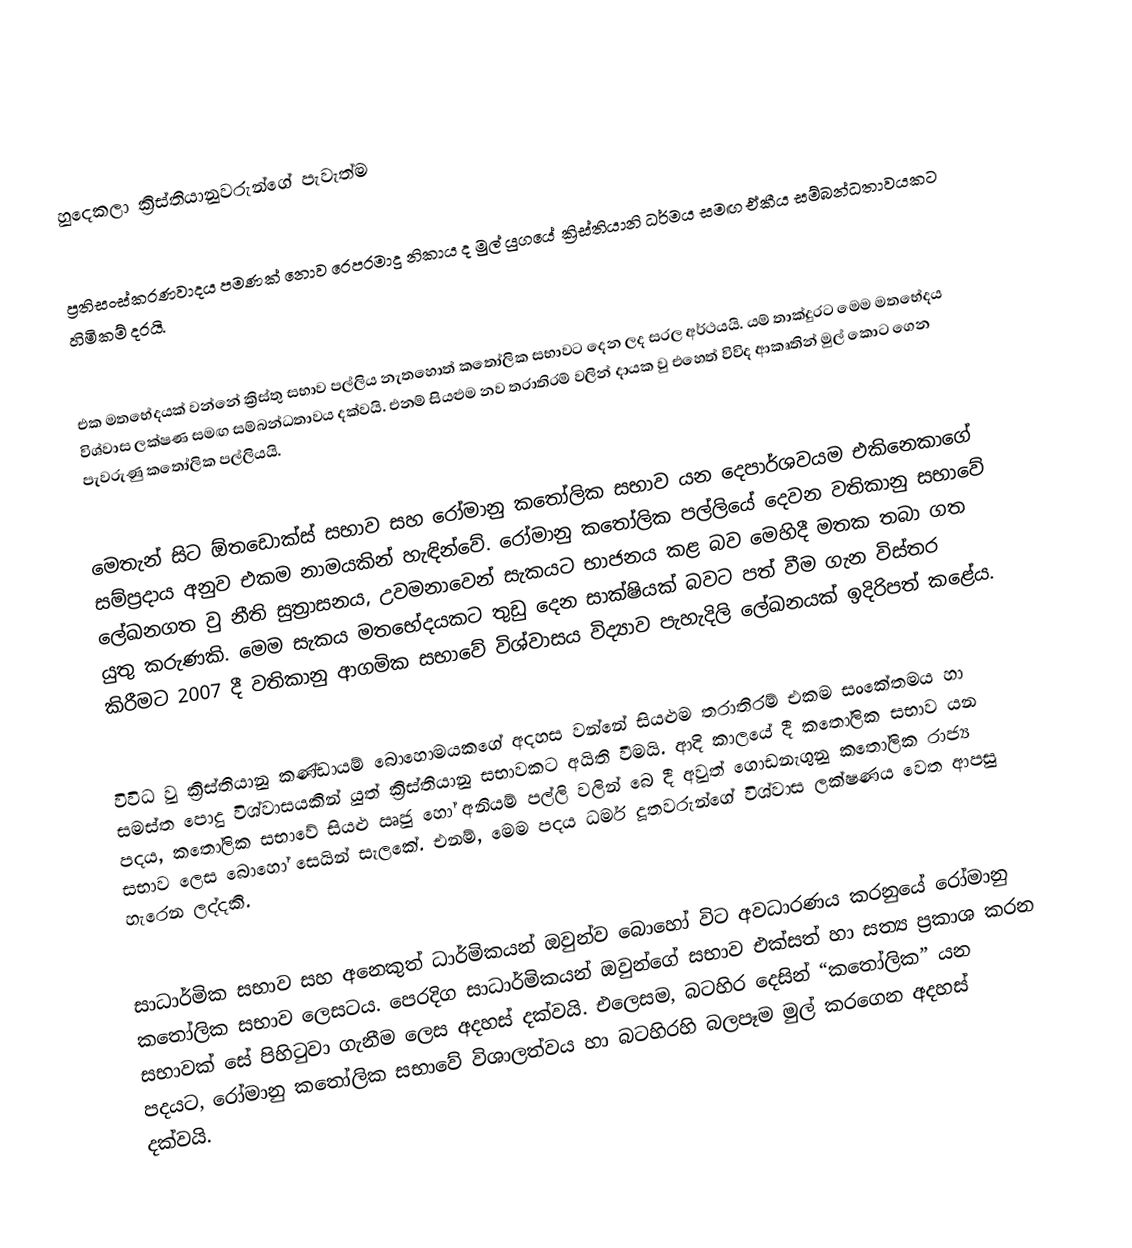

හුදෙකලා ක්‍රිස්තියානුවරුන්ගේ පැවැත්ම

ප්‍රතිසංස්කරණවාදය පමණක් නොව රෙපරමාදු නිකාය ද මුල් යුගයේ ක්‍රිස්තියානි ධර්මය සමඟ ඒකීය සම්බන්ධතාවයකට හිමිකම් දරයි.

එක මතභේදයක් වන්නේ ක්‍රිස්තු සභාව පල්ලිය නැතහොත් කතෝලික සභාවට දෙන ලද සරල අර්ථයයි. යම් තාක්දුරට මෙම මතභේදය  විශ්වාස ලක්ෂණ සමඟ සම්බන්ධතාවය දක්වයි. එනම් සියළුම නව තරාතිරම් වලින් දායක වු එහෙත් විවිද ආකෘතින් මුල් කොට ගෙන පැවරුණු කතෝලික පල්ලියයි.

මෙතැන් සිට ඕතඩොක්ස් සභාව සහ රෝමානු කතෝලික සභාව යන දෙපාර්ශවයම  එකිනෙකාගේ සම්ප්‍රදාය අනුව එකම නාමයකින් හැඳින්වේ. රෝමානු කතෝලික පල්ලියේ දෙවන වතිකානු සභාවේ ලේඛනගත වු නීති සුත්‍රාසනය, උවමනාවෙන් සැකයට භාජනය කළ බව මෙහිදී මතක තබා ගත යුතු කරුණකි. මෙම සැකය මතභේදයකට තුඩු දෙන සාක්ෂියක් බවට පත් වීම ගැන විස්තර කිරීමට 2007 දී වතිකානු ආගමික සභාවේ විශ්වාසය විද්‍යාව පැහැදිලි ලේඛනයක් ඉදිරිපත් කළේය.

විවිධ වු ක්‍රිස්තියානු කණ්ඩායම් බොහොමයකගේ අදහස වන්නේ සියළුම තරාතිරම් එකම සංකේතමය හා සමස්ත පොදු විශ්වාසයකින් යුත් ක්‍රිස්තියානු සභාවකට අයිති වීමයි. ආදි කාලයේ දී කතෝලික සභාව යන පදය, කතෝලික සභාවේ සියළු ඍජු හෝ අනියම් පල්ලි වලින් බෙ දී අවුත් ගොඩනැගුනු කතෝලික රාජ්‍ය සභාව ලෙස බොහෝ සෙයින් සැලකේ. එනම්, මෙම පදය ධර්ම දූතවරුන්ගේ විශ්වාස ලක්ෂණය වෙත ආපසු හැරෙන ලද්දකි.

සාධාර්මික සභාව සහ ‍අනෙකුත් ධාර්මිකයන් ඔවුන්ව බොහෝ විට අවධාරණය කරනුයේ රෝමානු කතෝලික සභාව ලෙසටය. පෙරදිග සාධාර්මිකයන් ඔවුන්ගේ සභාව එක්සත් හා සත්‍ය ප්‍රකාශ කරන සභාවක් සේ පිහිටුවා ගැනීම ලෙස අදහස් දක්වයි. එලෙසම, බටහිර දෙසින් “කතෝලික” යන පදයට, රෝමානු කතෝලික සභාවේ විශාලත්වය හා බටහිරහි බලපෑම මුල් කරගෙන අදහස් දක්වයි.